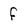
Character: f